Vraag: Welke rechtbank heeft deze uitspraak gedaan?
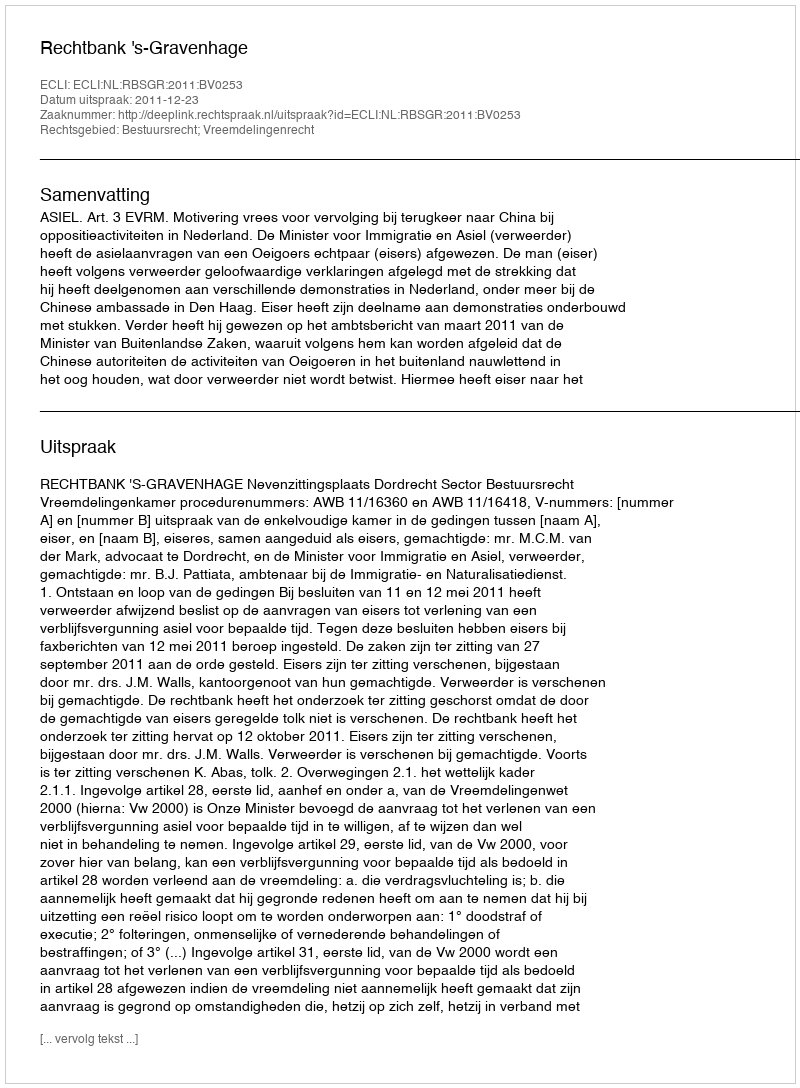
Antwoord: Rechtbank 's-Gravenhage